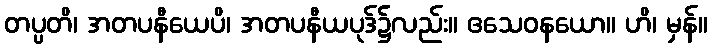
တပ္ပတိ၊ အတပနီယေပိ၊ အတပနီယပုဒ်၌လည်း။ ဧသေဝနယော။ ဟိ၊ မှန်။